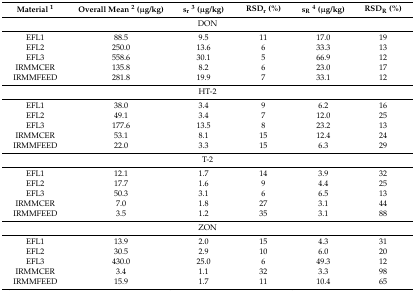
<table><thead><tr><td><b>Material <sup>1</sup></b></td><td><b>Overall Mean <sup>2</sup> (μg/kg)</b></td><td><b>s<sub>r</sub><sup>3</sup> (μg/kg)</b></td><td><b>RSD<sub>r</sub> (%)</b></td><td><b>s<sub>R</sub><sup>4</sup> (μg/kg)</b></td><td><b>RSD<sub>R</sub> (%)</b></td></tr></thead><tbody><tr><td colspan="6">DON</td></tr><tr><td>EFL1</td><td>88.5</td><td>9.5</td><td>11</td><td>17.0</td><td>19</td></tr><tr><td>EFL2</td><td>250.0</td><td>13.6</td><td>6</td><td>33.3</td><td>13</td></tr><tr><td>EFL3</td><td>558.6</td><td>30.1</td><td>5</td><td>66.9</td><td>12</td></tr><tr><td>IRMMCER</td><td>135.8</td><td>8.2</td><td>6</td><td>23.0</td><td>17</td></tr><tr><td>IRMMFEED</td><td>281.8</td><td>19.9</td><td>7</td><td>33.1</td><td>12</td></tr><tr><td colspan="6">HT-2</td></tr><tr><td>EFL1</td><td>38.0</td><td>3.4</td><td>9</td><td>6.2</td><td>16</td></tr><tr><td>EFL2</td><td>49.1</td><td>3.4</td><td>7</td><td>12.0</td><td>25</td></tr><tr><td>EFL3</td><td>177.6</td><td>13.5</td><td>8</td><td>23.2</td><td>13</td></tr><tr><td>IRMMCER</td><td>53.1</td><td>8.1</td><td>15</td><td>12.4</td><td>24</td></tr><tr><td>IRMMFEED</td><td>22.0</td><td>3.3</td><td>15</td><td>6.3</td><td>29</td></tr><tr><td colspan="6">T-2</td></tr><tr><td>EFL1</td><td>12.1</td><td>1.7</td><td>14</td><td>3.9</td><td>32</td></tr><tr><td>EFL2</td><td>17.7</td><td>1.6</td><td>9</td><td>4.4</td><td>25</td></tr><tr><td>EFL3</td><td>50.3</td><td>3.1</td><td>6</td><td>6.5</td><td>13</td></tr><tr><td>IRMMCER</td><td>7.0</td><td>1.8</td><td>27</td><td>3.1</td><td>44</td></tr><tr><td>IRMMFEED</td><td>3.5</td><td>1.2</td><td>35</td><td>3.1</td><td>88</td></tr><tr><td colspan="6">ZON</td></tr><tr><td>EFL1</td><td>13.9</td><td>2.0</td><td>15</td><td>4.3</td><td>31</td></tr><tr><td>EFL2</td><td>30.5</td><td>2.9</td><td>10</td><td>6.0</td><td>20</td></tr><tr><td>EFL3</td><td>430.0</td><td>25.0</td><td>6</td><td>49.3</td><td>12</td></tr><tr><td>IRMMCER</td><td>3.4</td><td>1.1</td><td>32</td><td>3.3</td><td>98</td></tr><tr><td>IRMMFEED</td><td>15.9</td><td>1.7</td><td>11</td><td>10.4</td><td>65</td></tr></tbody></table>